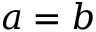
a = b